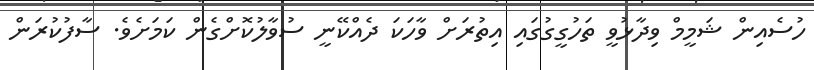
ހުސެއިން ޝަމީމް ވިދާޅުވީ ތަހުގީގުގައި އިތުރަށް ވާހަކަ ދެއްކޭނީ ސުވާލުކޮށްގެން ކަމަށެވެ. ސާފުކުރަން